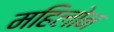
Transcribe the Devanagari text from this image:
महिलोन